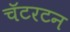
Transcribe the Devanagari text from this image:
चॅटरटन